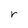
Character: r